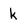
Character: k